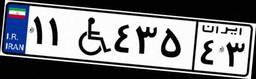
۱۱W۴۳۵۴۳